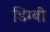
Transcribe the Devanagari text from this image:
डिग्‍बी